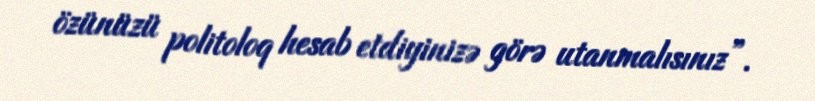
özünüzü politoloq hesab etdiyinizə görə utanmalısınız”.